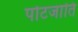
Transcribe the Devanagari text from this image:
पोटजाति